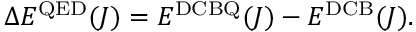
\Delta E ^ { \mathrm { Q E D } } ( J ) = E ^ { \mathrm { D C B Q } } ( J ) - E ^ { \mathrm { D C B } } ( J ) .